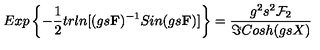
E x p \left\{ - \frac { 1 } { 2 } t r l n [ ( g s { \bf F } ) ^ { - 1 } S i n ( g s { \bf F } ) ] \right\} = \frac { g ^ { 2 } s ^ { 2 } { \cal F } _ { 2 } } { \Im C o s h ( g s X ) }